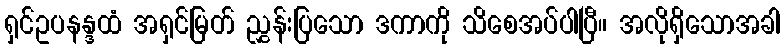
ရှင်ဥပနန္ဒထံ အရှင်မြတ် ညွှန်းပြသော ဒကာကို သိစေအပ်ပါပြီ။ အလိုရှိသောအခါ